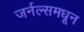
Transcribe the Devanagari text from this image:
जर्नल्समधून